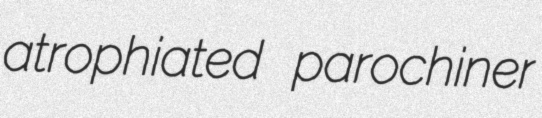
atrophiated parochiner